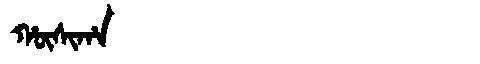
Manchu: ᡥᡡᠰᡳᡥᠠ
Romanization: HŪSIHA